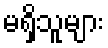
မရှိသူများ